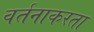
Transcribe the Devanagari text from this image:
वर्तनाकरता